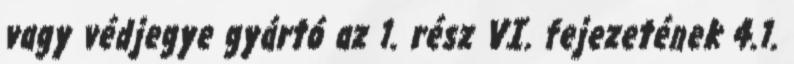
vagy védjegye gyártó az 1. rész VI. fejezetének 4.1.